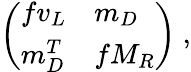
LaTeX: \left(\begin{array}{ll}{{fv_{L}}}&{{m_{D}}}\\ {{m_{D}^{T}}}&{{fM_{R}}}\end{array}\right)\ ,